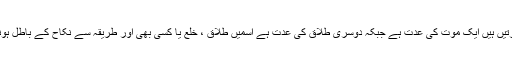
عدت کی مدت کی دو مزید صورتیں ہیں ایک موت کی عدت ہے جبکہ دوسری طلاق کی عدت ہے اسمیں طلاق ، خلع یا کسی بھی اور طریقہ سے نکاح کے باطل ہونے کی تمام صورتیں شامل ہیں)۔